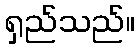
ရှည်သည်။